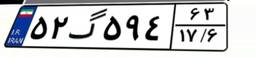
۵۲گ۵۹۴۶۳